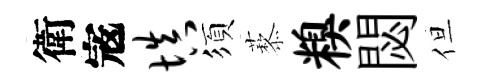
衛𡨥填須藜糗閟但